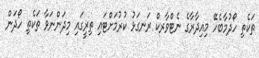
ތަކެތި ހޯދުމާބެހޭ މިއިދާރާގެ ނެޓްވާރކް ރަނގަޅު ކުރުމަށްޓައި ތިރީގައި މިދަންނަވާ ތަކެތި ހޯދަން